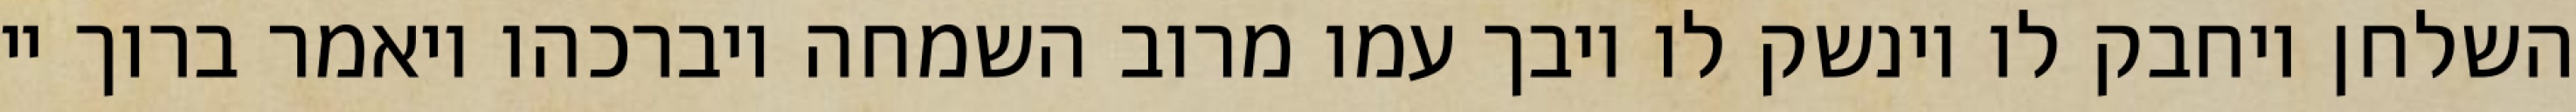
השלחן ויחבק לו וינשק לו ויבך עמו מרוב השמחה ויברכהו ויאמר ברוך יי